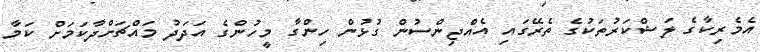
އެމެރިކާގެ ލަޝްކަރުތަކުގެ ތެރޭގައި އެއްޖިންސުން ގުޅުން ހިންގާ މީހުންގެ އަދަދު މައްޗަށްދާކަމަށް ކަމާ